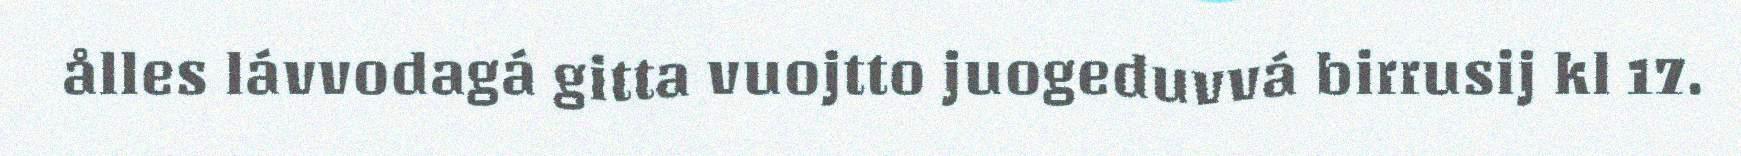
ålles lávvodagá gitta vuojtto juogeduvvá birrusij kl 17.